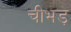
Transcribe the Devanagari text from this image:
चीभड़